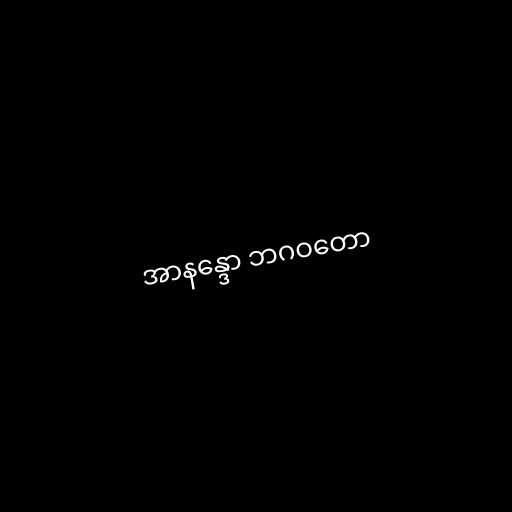
အာနန္ဒော ဘဂဝတော